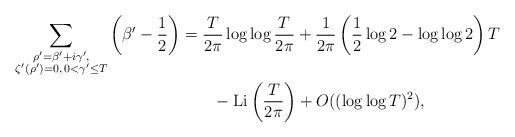
LaTeX: \begin{align*}\sum_{\substack{\rho'=\beta'+i\gamma',\\ \zeta'\left(\rho'\right)=0,\, 0<\gamma'\leq T}} \left(\beta'-\frac{1}{2}\right) &= \frac{T}{2\pi}\log{\log{\frac{T}{2\pi}}} + \frac{1}{2\pi}\left(\frac{1}{2}\log{2} - \log{\log{2}}\right)T\\&\quad\quad- \operatorname{Li}\left(\frac{T}{2\pi}\right) + O((\log{\log{T})^2}),\end{align*}